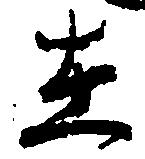
在